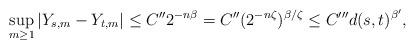
LaTeX: \begin{align*}\sup_{m\ge 1}|Y_{s,m}-Y_{t,m}| \le C'' 2^{-n\beta} = C'' (2^{-n\zeta})^{\beta/\zeta} \le C''' d(s,t)^{\beta'},\end{align*}